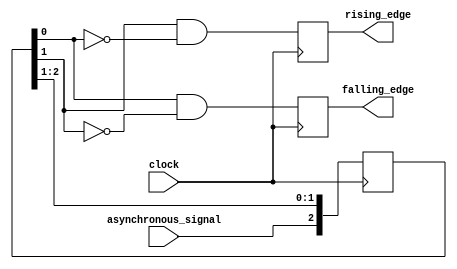
`timescale 10ns / 1ps
//////////////////////////////////////////////////////////////////////////////////
// Company: 
// 
// Design Name: 
// Module Name: signalSync
// Project Name: 
// Target Devices: 
// Tool Versions: 
// Description: 
// //Code from https://www.doulos.com/knowhow/fpga/synchronisation/downloads/edge_detect.v
// rising edge of the signal --> one rising edge for identification -- > then another for the "rising_edge" high
// Dependencies: 
// 
// Revision:
// Revision 0.01 - File Created
// Additional Comments:
//////////////////////////////////////////////////////////////////////////////////

//just variable names were modified
module signalSync(
    input clock,
    input asynchronous_signal,
    output rising_edge,
    output falling_edge
);

  reg [1:3] resync;
  reg fall, rise;
    
  initial 
  begin
    fall <= 0;
    rise <= 0;
    resync <= 0;
  end
  
  //sampling frequency must be double
  //two clock cycles from signal to get a logical high
  
  always @(posedge clock)
  begin
    // detect rising and falling edges.
    // rise <= resync[2] & !resync[3];
    fall <= resync[3] & !resync[2];
    rise <= resync[2] & !resync[3];
    // update history shifter.
    resync <= {asynchronous_signal , resync[1:2]};
  end
  
  
  assign rising_edge = rise;
  assign falling_edge = fall;
endmodule